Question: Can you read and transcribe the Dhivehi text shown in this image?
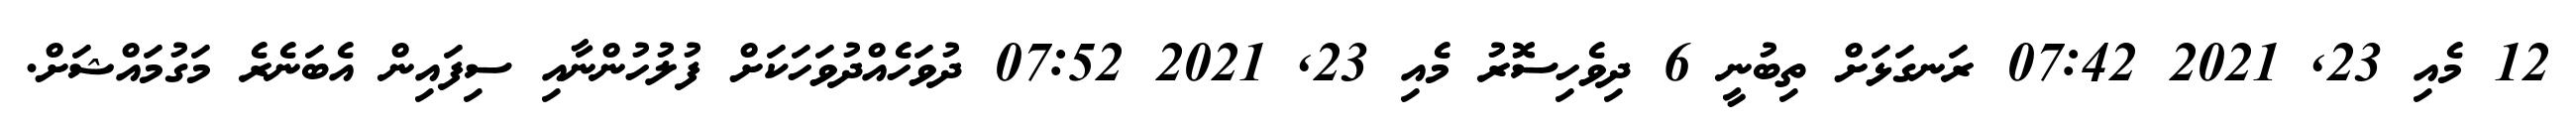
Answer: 12 މެއި 23, 2021 07:42 ރަނގަޅަށް ތިބުނީ 6 ދިވެހިސޮރު މެއި 23, 2021 07:52 ދުވަހެއްދުވަހަކަށް ފުލުހުންނާއި ސިފައިން އެބަނެރެ މަގުމައްޝަށް.